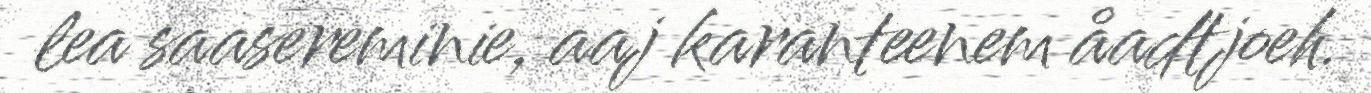
lea saasereminie, aaj karanteenem åadtjoeh.